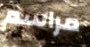
مراسم